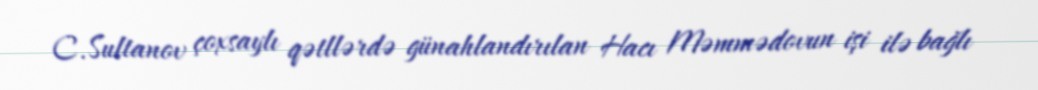
C.Sultanov çoxsaylı qətllərdə günahlandırılan Hacı Məmmədovun işi ilə bağlı